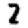
Digit: 2